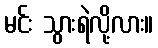
မင်း သွားရဲလို့လား။